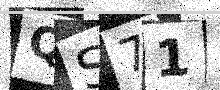
Text: QS71